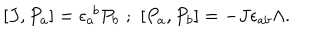
LaTeX: [ J , P _ { a } ] = \epsilon _ { a } ^ { \, \, b } P _ { b } \, \, ; \, \, [ P _ { a } , P _ { b } ] = - J \epsilon _ { a b } \Lambda .